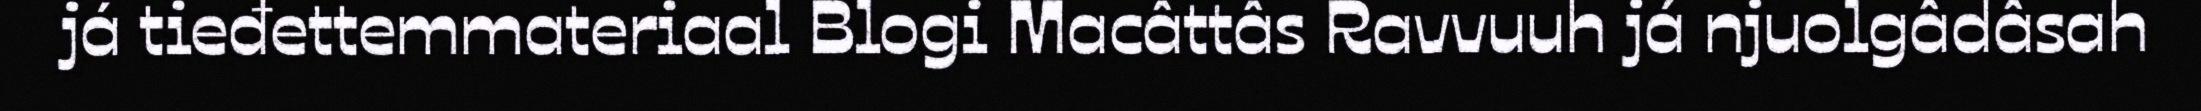
já tieđettemmateriaal Blogi Macâttâs Ravvuuh já njuolgâdâsah